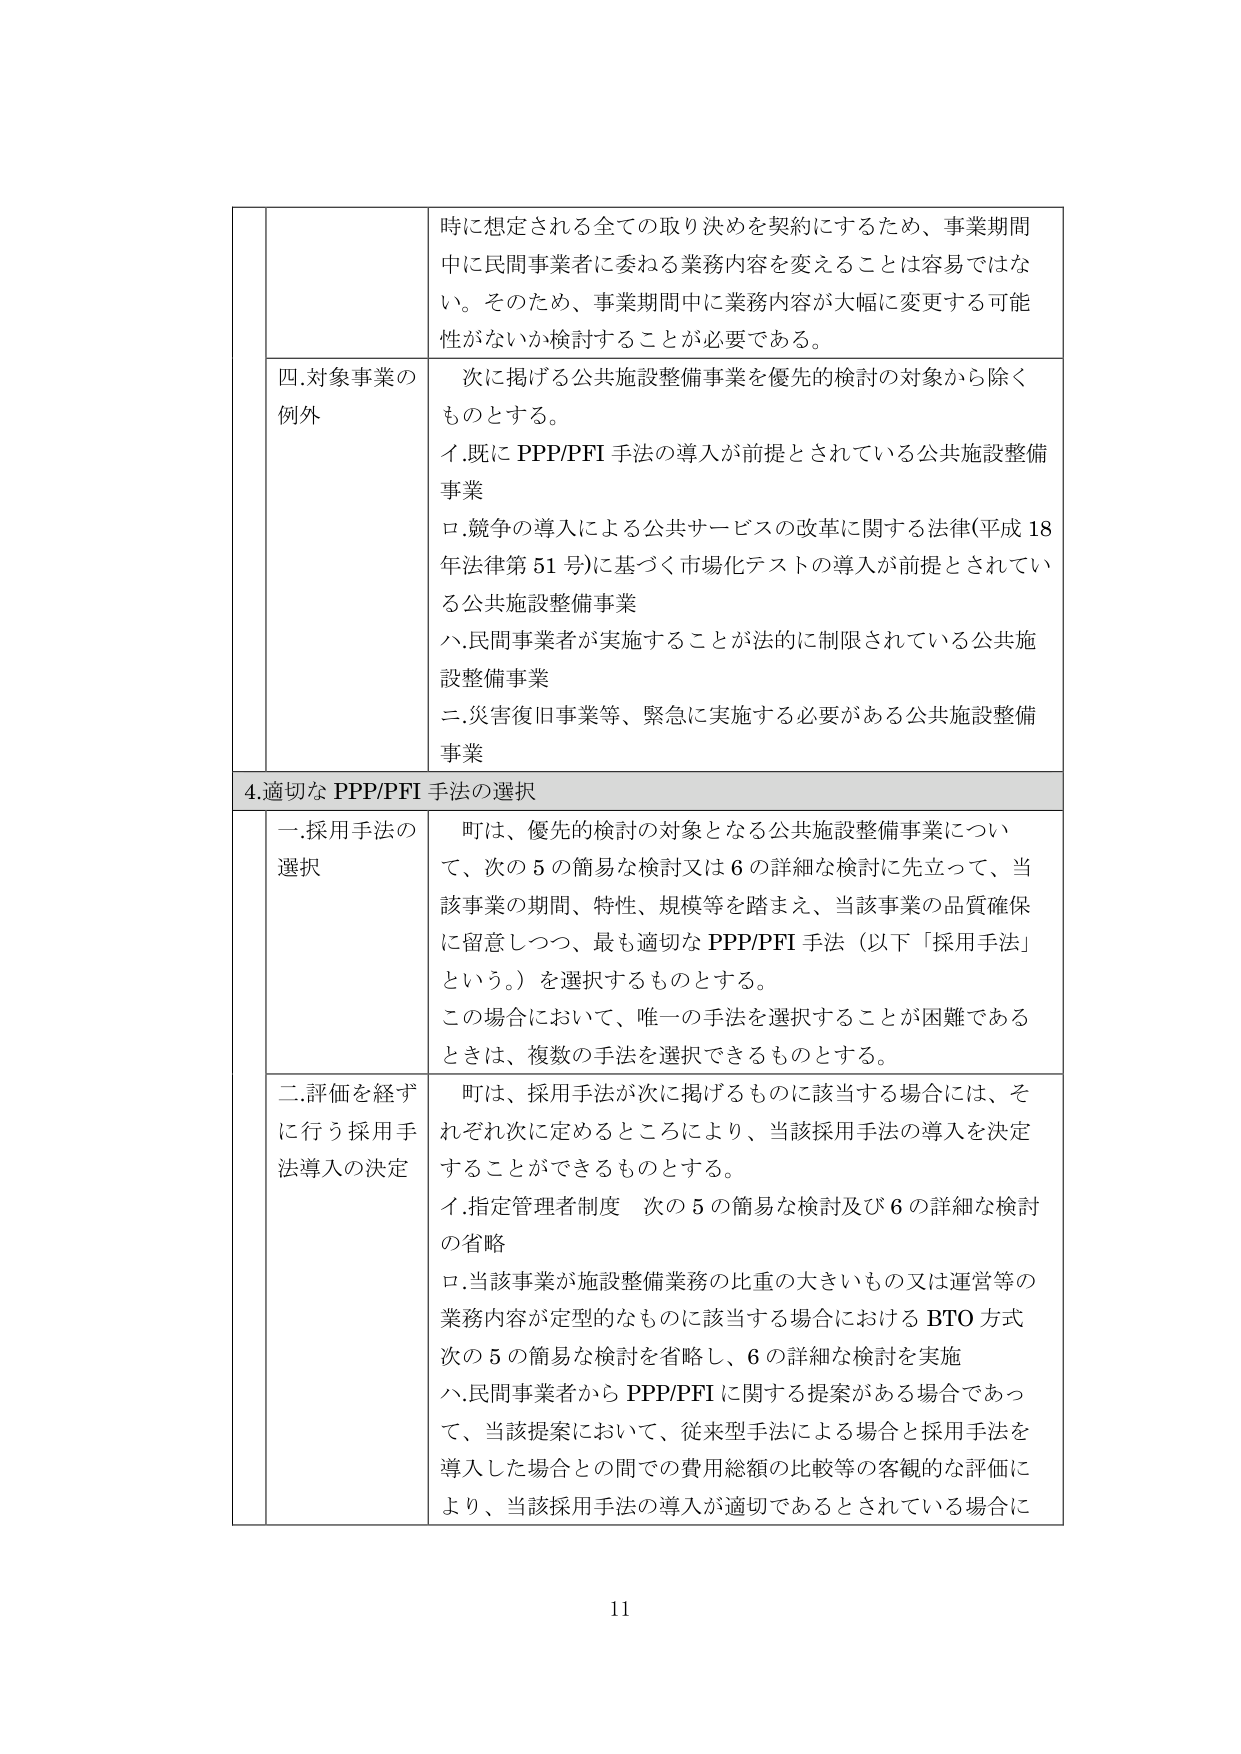
時に想定される全ての取り決めを契約にするため、事業期間中に民間事業者に委ねる業務内容を変えることは容易ではない。そのため、事業期間中に業務内容が大幅に変更する可能性がないか検討することが必要である。

四.対象事業の例外
次に掲げる公共施設整備事業を優先的検討の対象から除くものとする。
イ.既に PPP/PFI 手法の導入が前提とされている公共施設整備事業
ロ.競争の導入による公共サービスの改革に関する法律(平成18年法律第51号)に基づく市場化テストの導入が前提とされている公共施設整備事業
ハ.民間事業者が実施することが法的に制限されている公共施設整備事業
ニ.災害復旧事業等、緊急に実施する必要がある公共施設整備事業

4.適切な PPP/PFI 手法の選択

一.採用手法の選択
町は、優先的検討の対象となる公共施設整備事業について、次の5の簡易な検討又は6の詳細な検討に先立って、当該事業の期間、特性、規模等を踏まえ、当該事業の品質確保に留意しつつ、最も適切な PPP/PFI 手法（以下「採用手法」という。）を選択するものとする。
この場合において、唯一の手法を選択することが困難であるときは、複数の手法を選択できるものとする。

二.評価を経ずに行う採用手法導入の決定
町は、採用手法が次に掲げるものに該当する場合には、それぞれ次に定めるところにより、当該採用手法の導入を決定することができるものとする。
イ.指定管理者制度 次の5の簡易な検討及び6の詳細な検討の省略
ロ.当該事業が施設整備業務の比重の大きいもの又は運営等の業務内容が定型的なものに該当する場合における BTO 方式 次の5の簡易な検討を省略し、6の詳細な検討を実施
ハ.民間事業者から PPP/PFI に関する提案がある場合であって、当該提案において、従来型手法による場合と採用手法を導入した場合との間での費用総額の比較等の客観的な評価により、当該採用手法の導入が適切であるとされている場合に

11